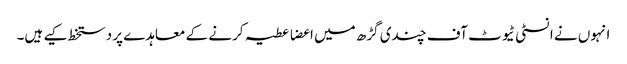
انہوں نے انسٹی ٹیوٹ آف چندی گڑھ میں اعضا عطیہ کرنے کے معاہدے پر دستخط کیے ہیں۔